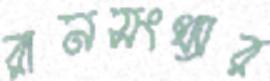
রানসংখ্যার